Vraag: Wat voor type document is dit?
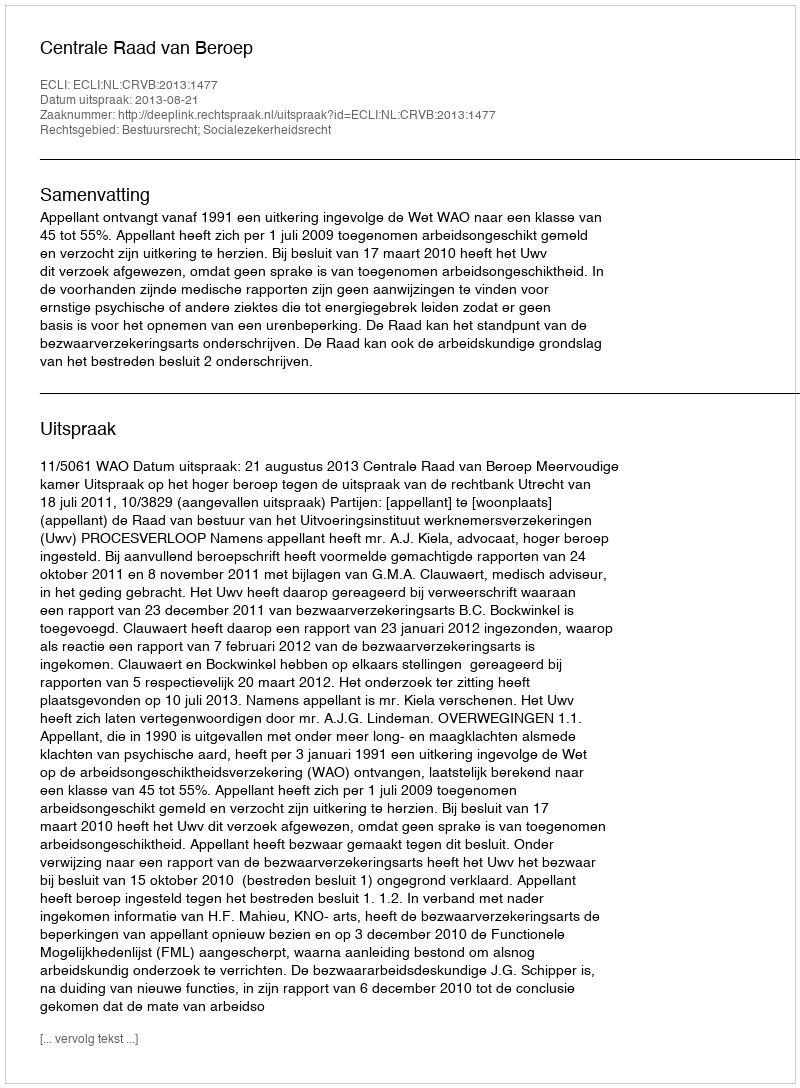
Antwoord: Uitspraak